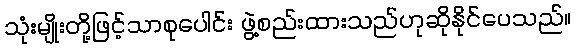
သုံးမျိုးတို့ဖြင့်သာစုပေါင်း ဖွဲ့စည်းထားသည်ဟုဆိုနိုင်ပေသည်။